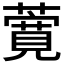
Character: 𬞸